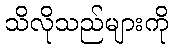
သိလိုသည်များကို